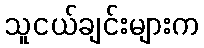
သူငယ်ချင်းများက